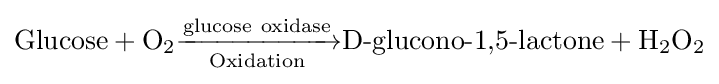
\mathrm {Glucose} +\mathrm {O} _{2}{\xrightarrow[{\mathrm {Oxidation} }]{\mathrm {glucose\ oxidase} }}{\textrm {D-glucono-1,5-lactone}}+\mathrm {H_{2}O_{2}}